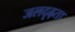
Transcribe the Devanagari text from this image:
जलदृढ़ता